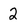
Character: 2